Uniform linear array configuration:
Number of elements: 4
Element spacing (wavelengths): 0.5
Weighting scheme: uniform
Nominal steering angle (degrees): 15
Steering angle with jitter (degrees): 16.073
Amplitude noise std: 0.05
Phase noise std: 0.05

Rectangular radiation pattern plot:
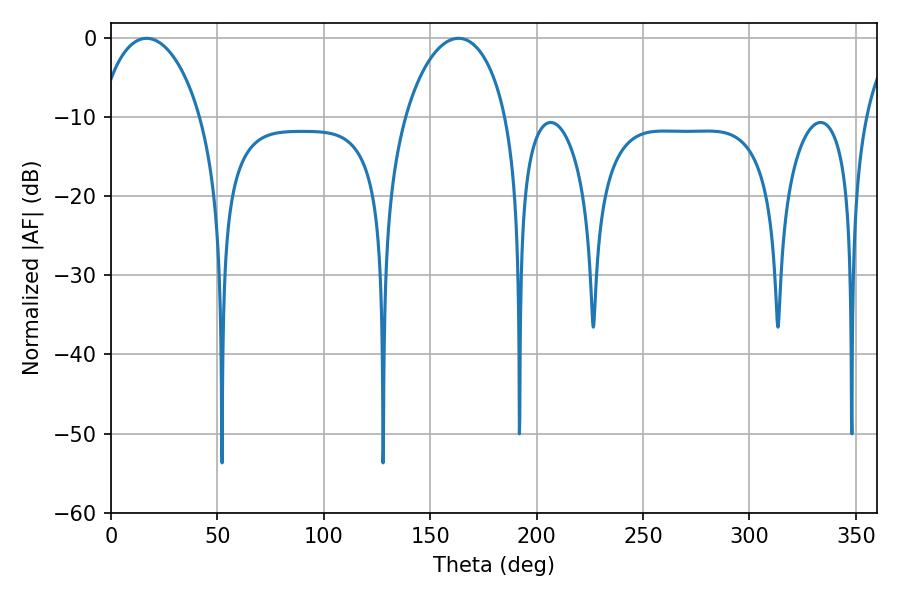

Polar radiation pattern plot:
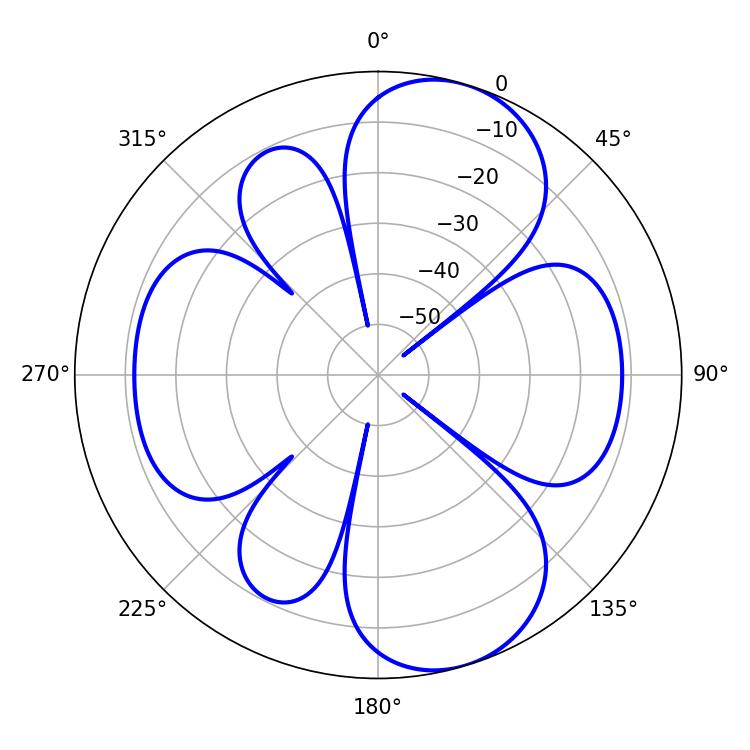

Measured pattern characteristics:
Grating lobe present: FALSE
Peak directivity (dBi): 8.864
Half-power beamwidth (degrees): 27.36
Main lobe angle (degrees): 16.74